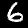
Digit: 6